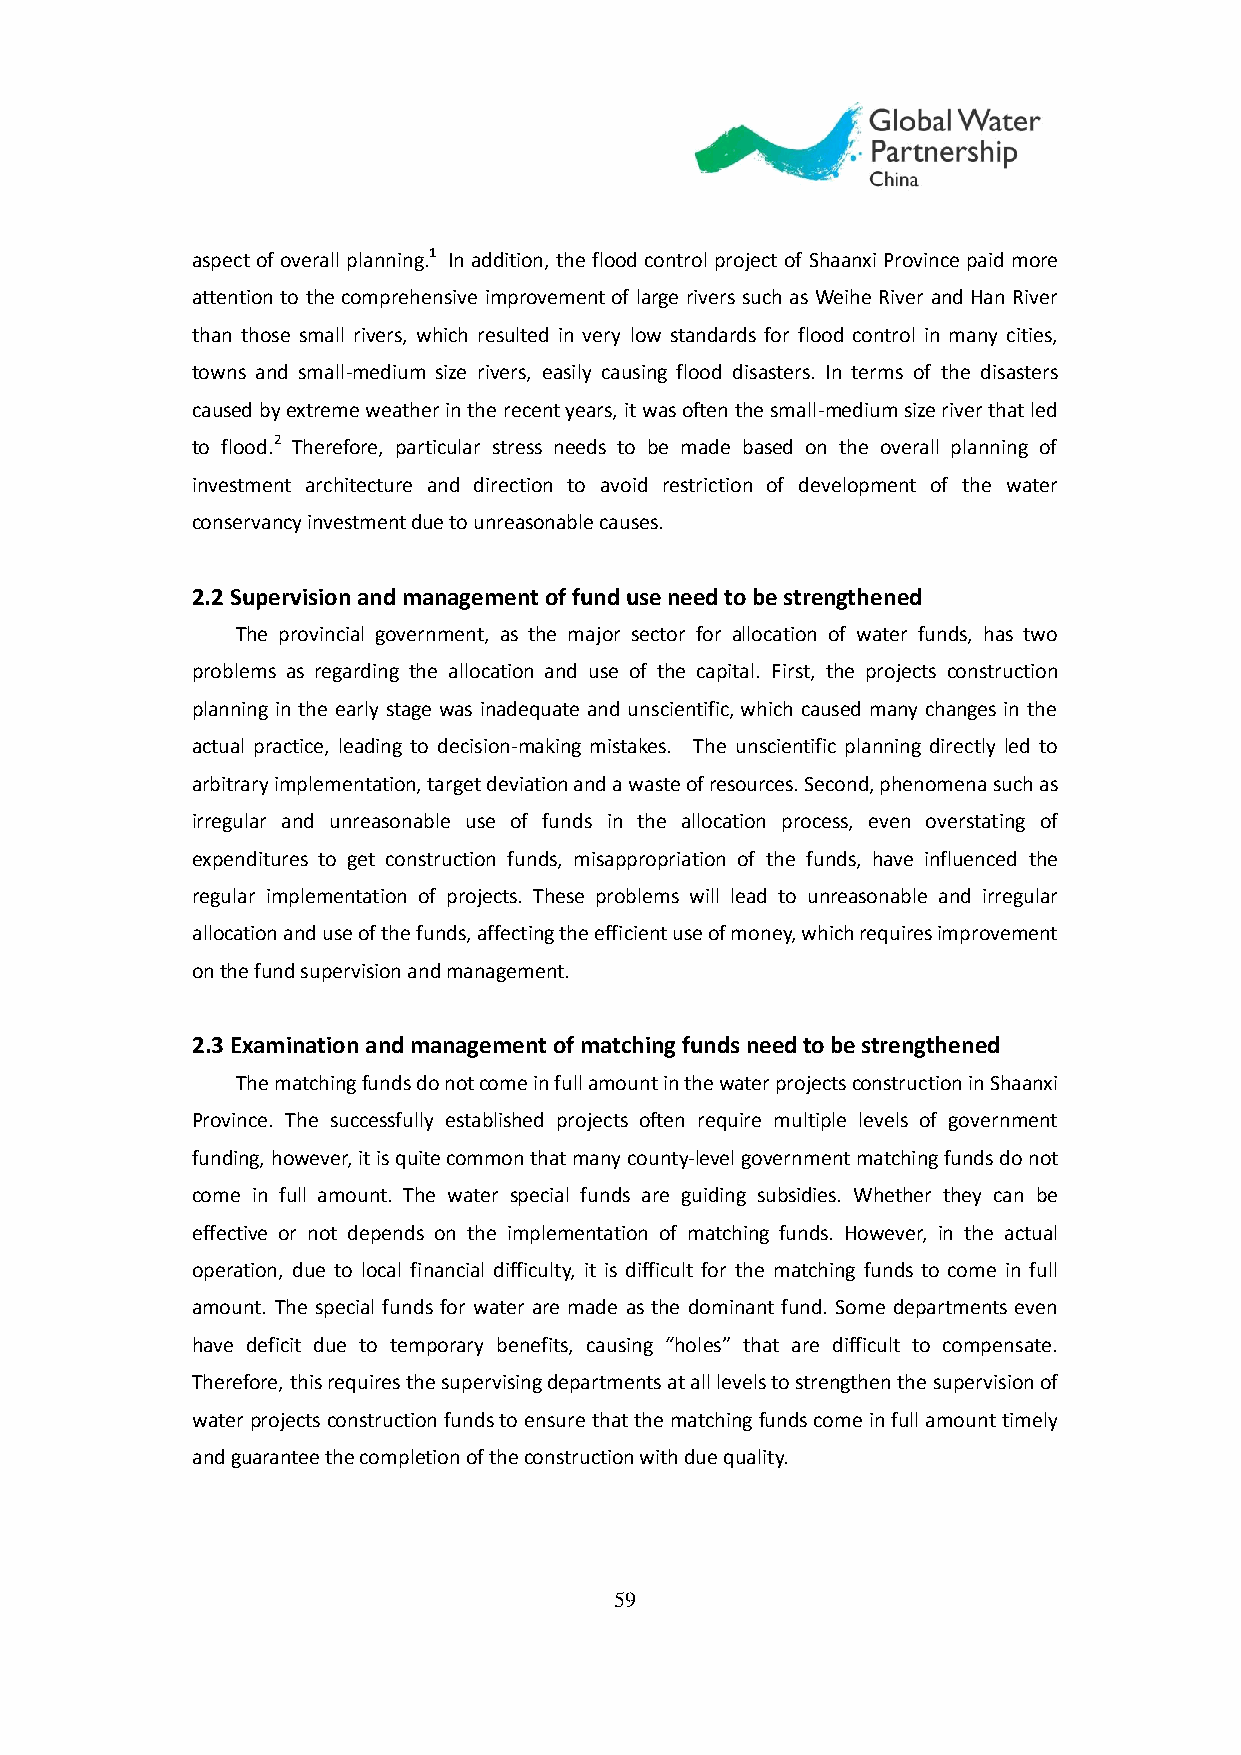
aspect of overall planning.1 In addition, the flood control project of Shaanxi Province paid more
 attention to the comprehensive improvement of large rivers such as Weihe River and Han River
 than those small rivers, which resulted in very low standards for flood control in many cities,
 towns and small-medium size rivers, easily causing flood disasters. In terms of the disasters
 caused by extreme weather in the recent years, it was often the small-medium size river that led
 to flood.2 Therefore, particular stress needs to be made based on the overall planning of
 investment architecture and direction to avoid restriction of development of the water
 conservancy investment due to unreasonable causes.
 2.2 Supervision and management of fund use need to be strengthened
 The provincial government, as the major sector for allocation of water funds, has two
 problems as regarding the allocation and use of the capital. First, the projects construction
 planning in the early stage was inadequate and unscientific, which caused many changes in the
 actual practice, leading to decision-making mistakes. The unscientific planning directly led to
 arbitrary implementation, target deviation and a waste of resources. Second, phenomena such as
 irregular and unreasonable use of funds in the allocation process, even overstating of
 expenditures to get construction funds, misappropriation of the funds, have influenced the
 regular implementation of projects. These problems will lead to unreasonable and irregular
 allocation and use of the funds, affecting the efficient use of money, which requires improvement
 on the fund supervision and management.
 2.3 Examination and management of matching funds need to be strengthened
 The matching funds do not come in full amount in the water projects construction in Shaanxi
 Province. The successfully established projects often require multiple levels of government
 funding, however, it is quite common that many county-level government matching funds do not
 come in full amount. The water special funds are guiding subsidies. Whether they can be
 effective or not depends on the implementation of matching funds. However, in the actual
 operation, due to local financial difficulty, it is difficult for the matching funds to come in full
 amount. The special funds for water are made as the dominant fund. Some departments even
 have deficit due to temporary benefits, causing “holes” that are difficult to compensate.
 Therefore, this requires the supervising departments at all levels to strengthen the supervision of
 water projects construction funds to ensure that the matching funds come in full amount timely
 and guarantee the completion of the construction with due quality.
 59